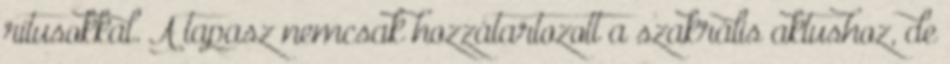
rítusokkal. A tapasz nemcsak hozzátartozott a szakrális aktushoz, de